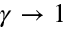
\gamma \to 1